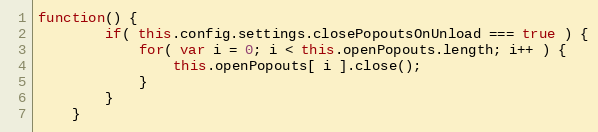
Language: JavaScript
function() {
		if( this.config.settings.closePopoutsOnUnload === true ) {
			for( var i = 0; i < this.openPopouts.length; i++ ) {
				this.openPopouts[ i ].close();
			}
		}
	}